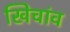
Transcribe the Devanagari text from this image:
खिचांव